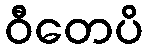
ဝီတေပိ